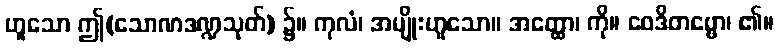
ဟူသော ဤ(သောဏဒဏ္ဍသုတ်) ၌။ ကုလံ၊ အမျိုးဟူသော။ အတ္ထော၊ ကို။ ဝေဒိတဗ္ဗော၊ ၏။